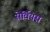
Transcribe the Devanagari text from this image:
सेर्वियस